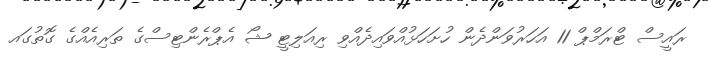
ރައީސް ޓްރަމްޕް 11 އަހަރުވަންދެން ހުށަހަޅުއްވައިދެއްވި ރިއަލިޓީ ޝޯ އެޕްރެންޓިސްގެ ތަރިއެއްގެ ގޮތުގައ